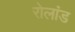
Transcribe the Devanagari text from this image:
रोलांड